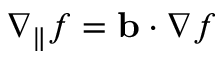
\nabla _ { \parallel } f = \mathbf { b } \cdot \nabla f